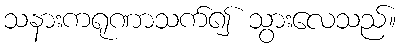
သနားကရုဏာသက်၍ သွားလေသည်။